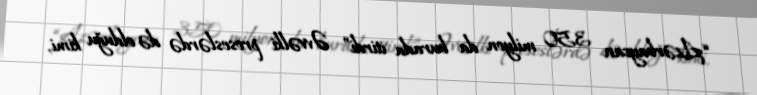
“Azərbaycan 350 milyon da burada itirdi” Əvvəlki proseslərdə də olduğu kimi,